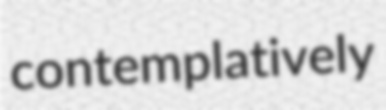
contemplatively